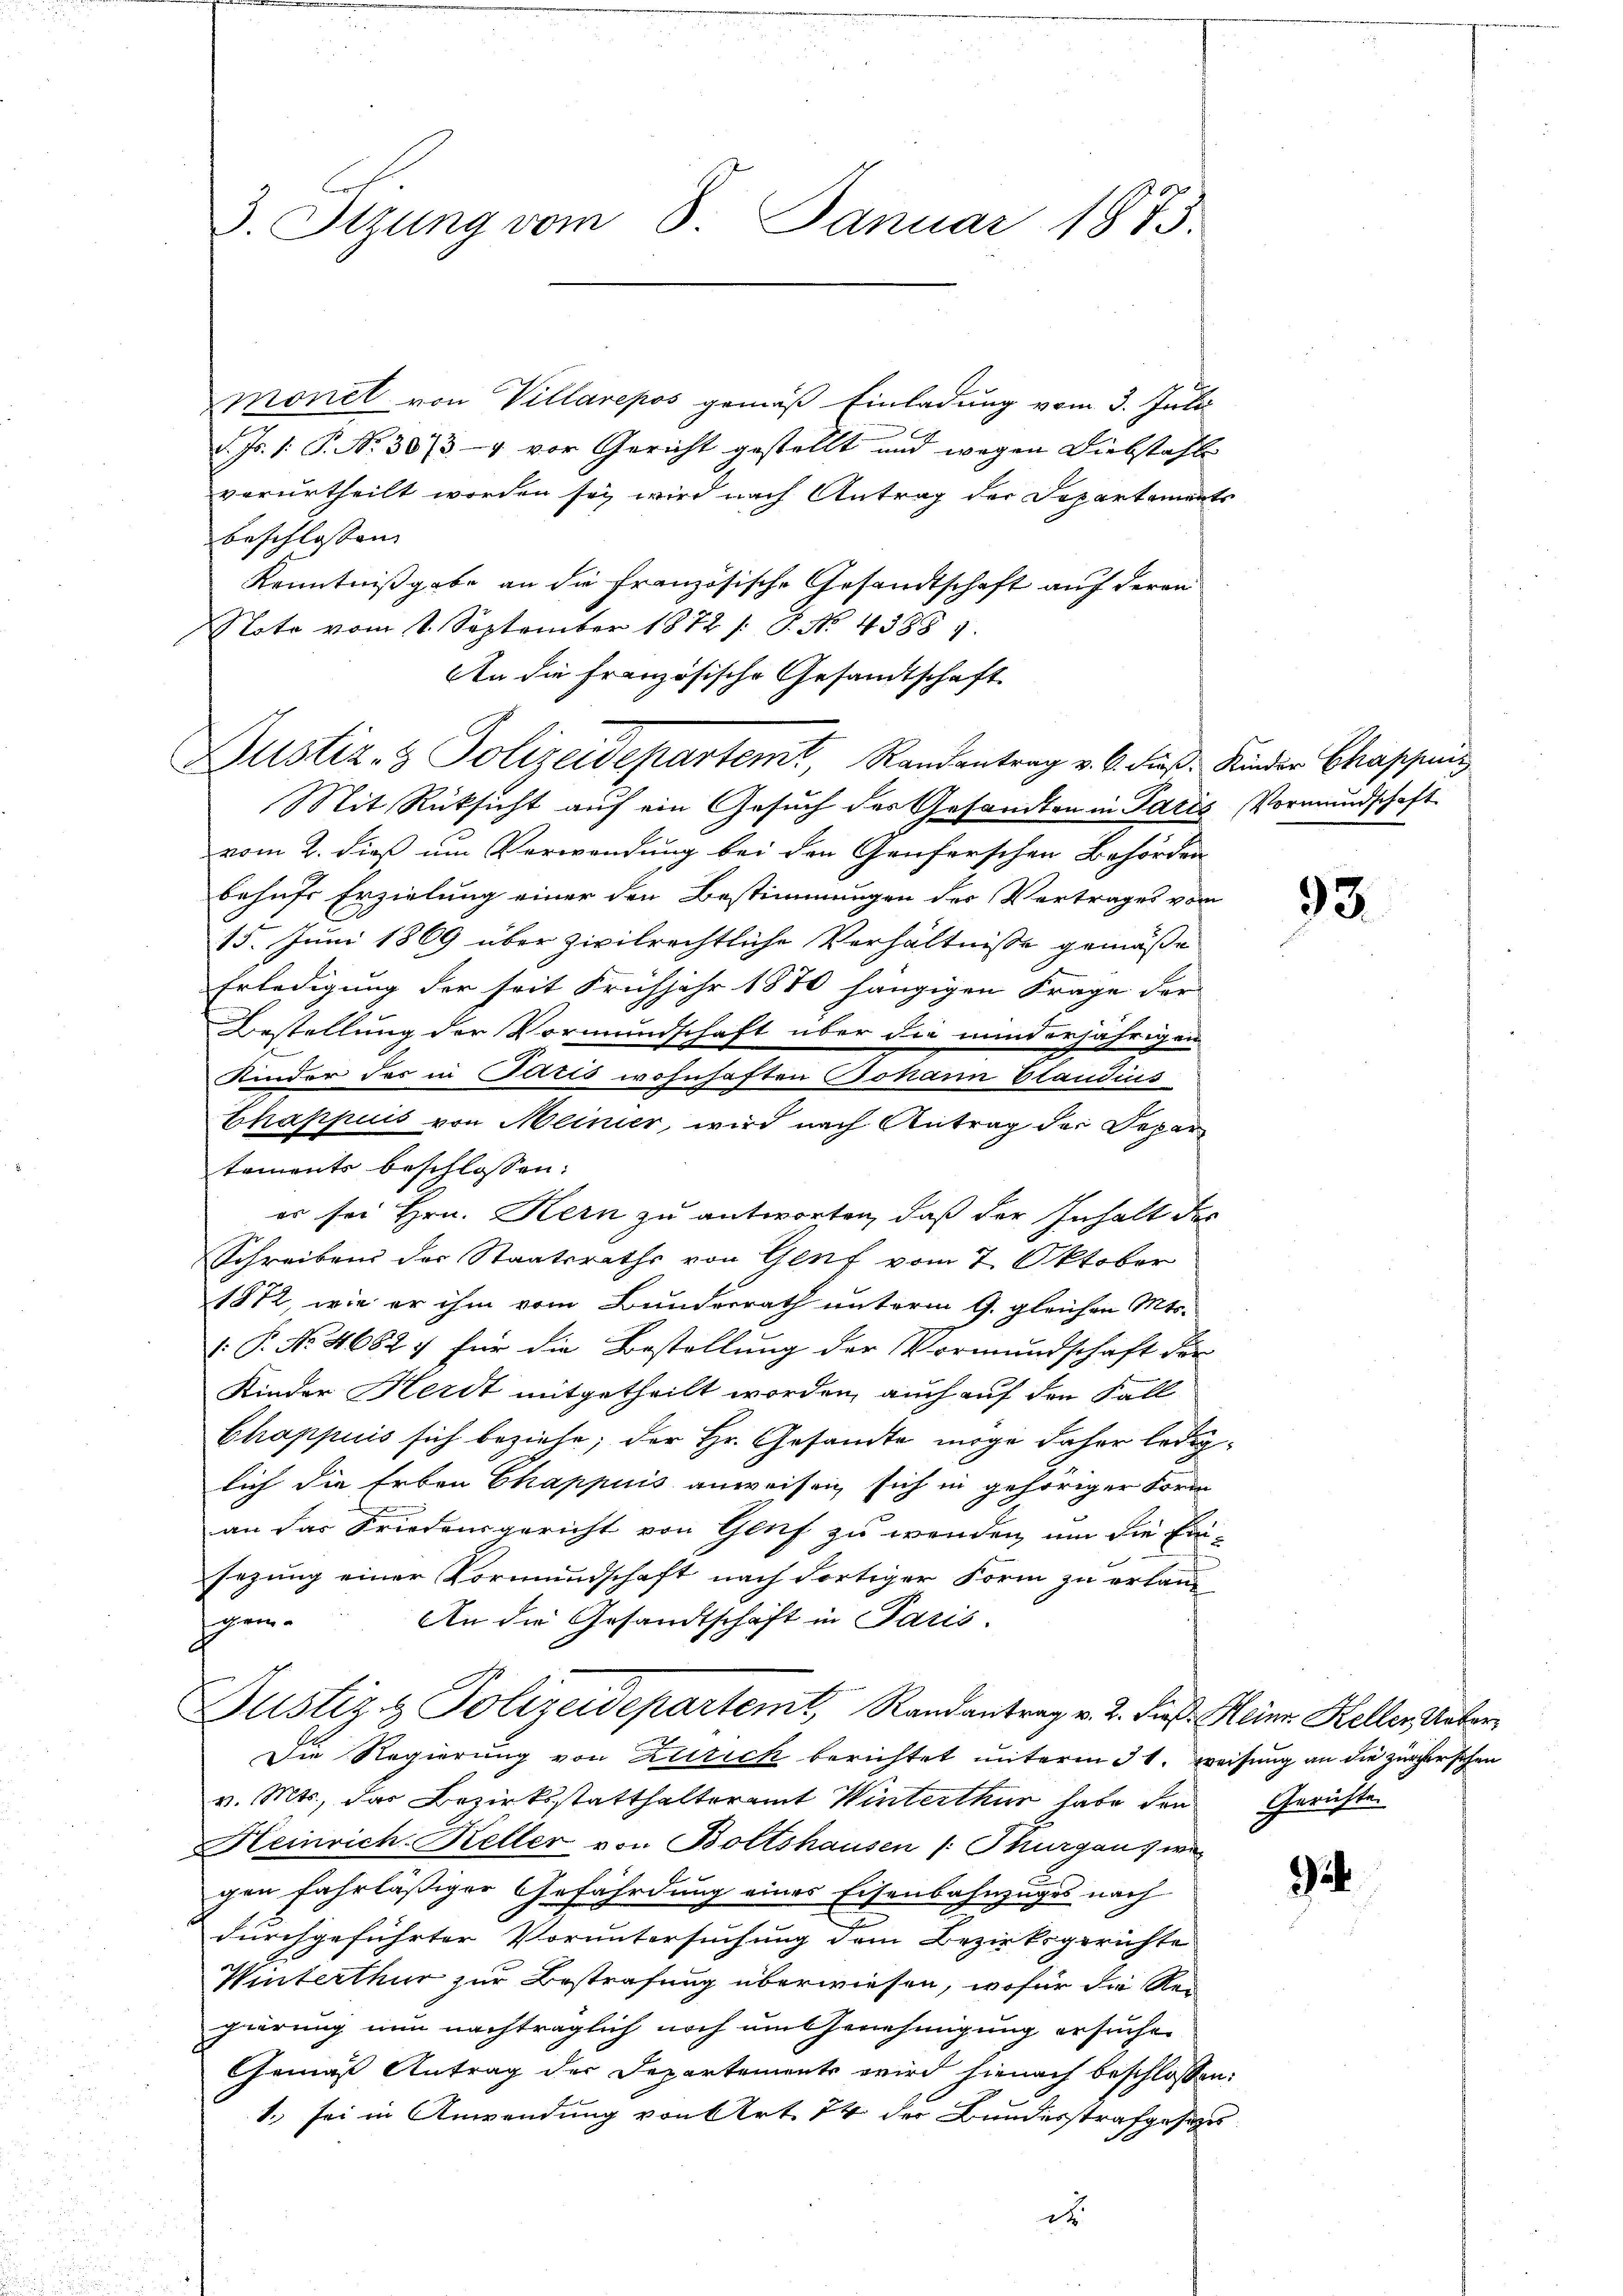
3. Sizung vom 8. Januar 1873.

monet von Villarepos gemäß Einladung vom 3. Juli
d. Js. (: P. Nr. 30737 vor Gericht gestellt und wegen Diebstahle
vorurtheilt worden sey wird nach Antrag der Departements
beschlossen,
Kenntnißgabe an die französische Gesandtschaft auf deren
Note vom 1. September 1872 /: P. No. 4388 9.
An die französische Gesandtschaft
Mit Rücksicht auf ein Gesuch der Gesandten in Paris Vormundschaft
vom 2. dieß um Verwendung bei den Genferschen Behörden
behufs Erzielung einer den Bestimmungen des Vertrages vom
15. Juni 1869 über zivilrechtliche Verhältnisse gemäße
Erledigung der seit Frühjahr 1870 hängigen Frage der
Bestellung der Vormundschaft über die minderjährigen
Kinder des in Paris wohnhaften Johann Elaudius
Chappuis von Meiner, wird nach Antrag der Depar
taments beschlossen:
er sei Hrn. Kern zu antworten, daß der Inhalt des
Schreiben der Staatsraths von Genf vom 7. Oktober
1872, wie er ihm vom Bunderrath unterm 9. gleichen Mts.
(: P. No. 4682. für die Bestellung der Vormundschaft der
Kinder Herdt mitgetheilt worden, auch auf den Fall
Chappuis sich beziehe; der Hr. Gesandte möge daher lediglich die Erben Chappuis anweisen sich in gehöriger Form
an das Friedensgericht von Genf zu wenden, um die Ein-
sezung einer Vormundschaft nach dortiger Form zu erlang
An die Gesandtschaft in Paris.
Ehen.
Justiz & Polizeidepartemt, Randantrag v. 2. dieß Meiner Keller Unter
Die Regierung von Zürich berichtet unterm 31. Weisung an die zürcherschen
v. Mts., das Bezirksstatthalteramt Winterthur habe den Gerichte
Heinrich-Keller von Boltshausen /: Thurgaus wegen fahrläßiger Gefährdung eines Eisenbahnzuges nach
durchgeführter Voruntersuchung dem Bezirksgerichte
Winterthur zur Bestrafung überwiesen, wofür die Rei
gierung nun nachträglich noch um Genehmigung ersuchen
Gemäß Antrag der Departements wird hienach beschlossen:
1. sei in Anwendung von Art. 74 der Bundesstrafgesetzes
d

Justiz- & Polizeidepartemt, Randantrag v. 6. dieß: Kinder Chappenz

93.

2